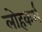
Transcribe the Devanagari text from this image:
लोहकर्म